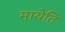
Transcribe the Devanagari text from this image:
मायेति